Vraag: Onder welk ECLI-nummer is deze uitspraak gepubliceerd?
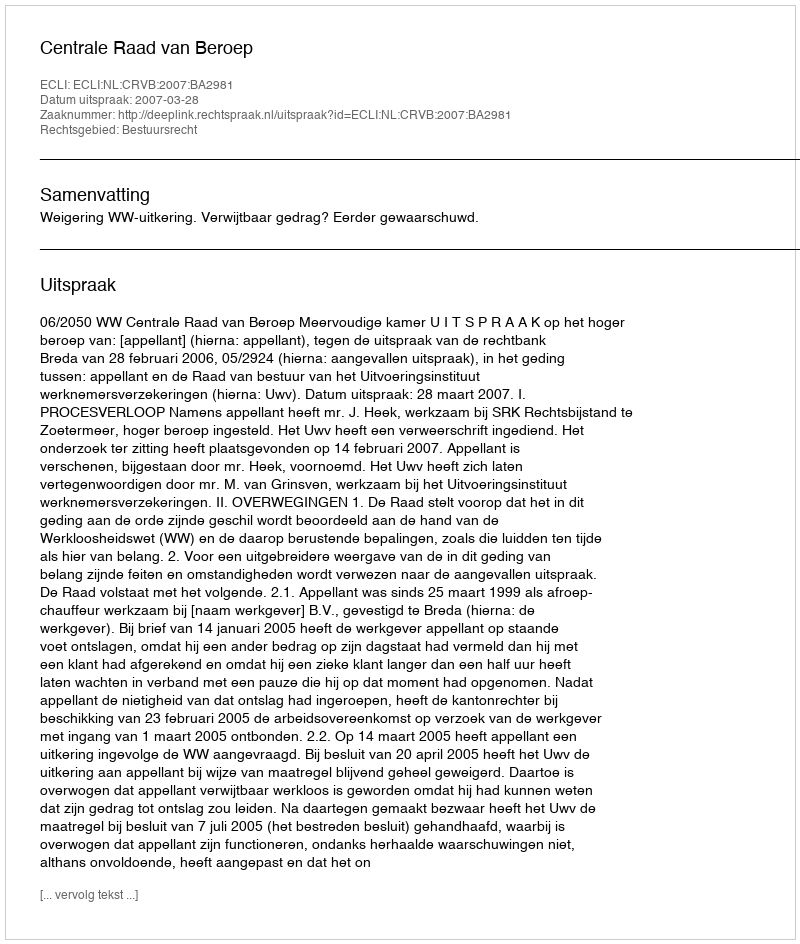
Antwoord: ECLI:NL:CRVB:2007:BA2981